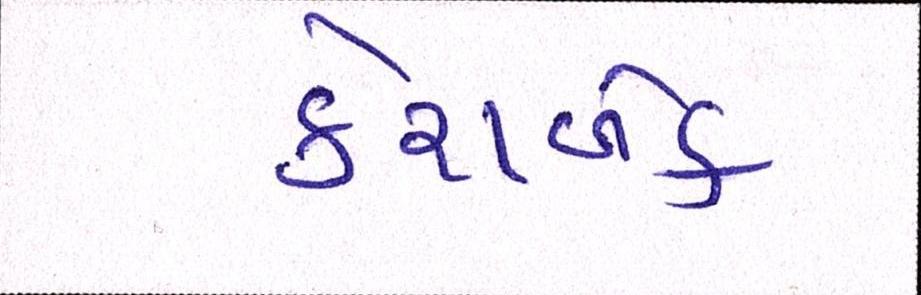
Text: કેશબેક